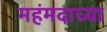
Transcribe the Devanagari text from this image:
महंमदाच्या